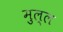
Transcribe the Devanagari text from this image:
मुल्ल